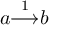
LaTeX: a { \overset { 1 } { \longrightarrow } } b